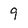
Character: 9